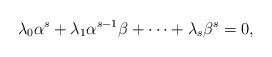
LaTeX: \begin{align*}\lambda_0 \alpha^s+\lambda_1\alpha^{s-1}\beta+\cdots +\lambda_s\beta^s=0,\end{align*}